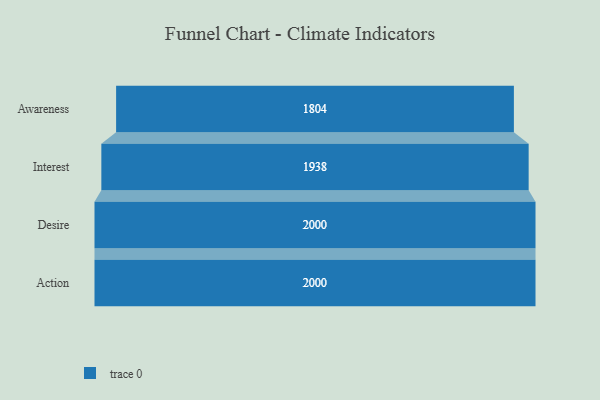
{"axis": {"x": "Stage", "y": "Value"}, "legend": [""], "data": [{"x": "Awareness", "y": 1804.0, "type": ""}, {"x": "Interest", "y": 1938.0, "type": ""}, {"x": "Desire", "y": 2000, "type": ""}, {"x": "Action", "y": 2000, "type": ""}]}